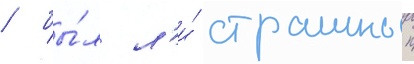
/ бы́л л'и́ страшныи